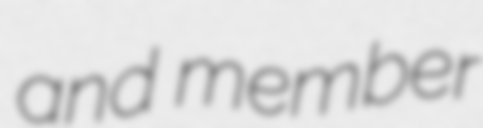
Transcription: and member